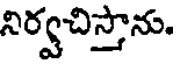
నిర్వచిస్తాను.